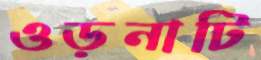
ওড়নাটি